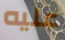
عليه